Report of the Indian Hemp Drugs Commission, 1894-1895 - Volume VI
Year: 1894
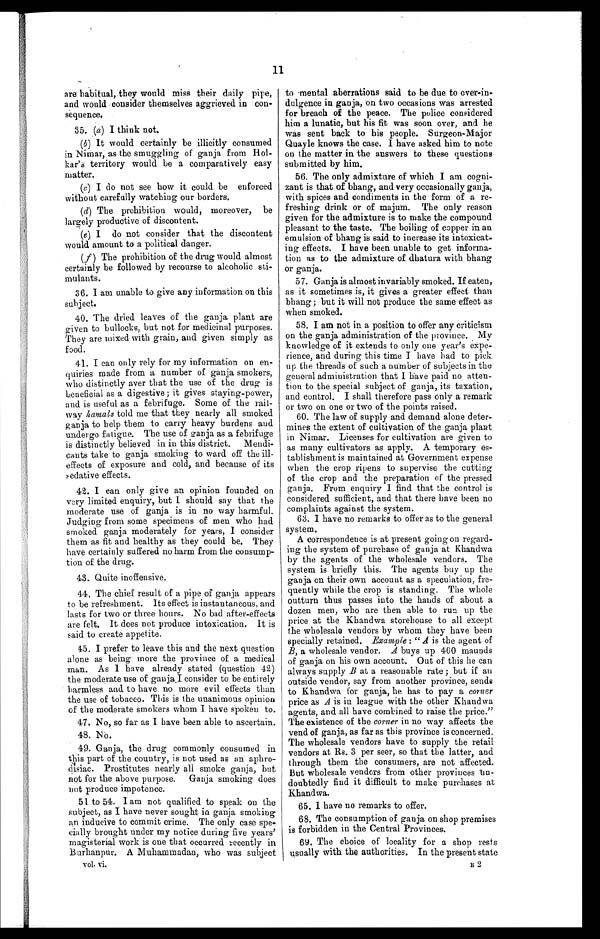
11
are habitual, they would miss .their daily pipe,
and would consider themselves aggrieved in con
- s e q u e n c e .
35. (a) I think not.
(b) It would certainly be illicitly consumed
in Nimar, as the smuggling of ganja from Hol-
kar's territory would be a comparatively easy
m atter.
(c) I do not see how it could be enforced
without carefully watching our borders.
(d) The prohibition would, moreover, be
largely productive of discontent.
(e). I do not consider that the discontent
would amount to a political danger.
(f) The prohibition of the drug would almost
certainly be followed by recourse to alcoholic sti
- m u l a n t s .
36. I am unable to give any information on this
subject.
40. The dried leaves of the ganja plant are
given to bullocks, but not for medicinal purposes.
They are mixed with grain, and given simply as
food,
41.
I can only rely for my information on en
- q u i r i e s m a d e f r o m a n u m b e r o f g a n j a s m o k e r s ,
who distinctly aver that the use of the drug is
beneficial as a digestive; it gives staying-power,
and is useful as a febrifuge. Some of the rail--
way hamals told me that they nearly all smoked
ganja to help them to carry heavy burdens and
undergo fatigue. The use of ganja as a febrifuge
is distinctly believed in in this district. Mendi-
-cants take to ganja smoking to ward off the ill-
effects of exposure and cold, and because of its
s edative effects.
42.
I can only give an opinion founded on
very limited enquiry, but I should say that the
moderate use of ganja is in no way harmful.
Judging from some specimens of men who had
smoked ganja moderately for years, I consider
them as fit and healthy as they could be. They
have certainly suffered no harm from the consump-
tion of the drug.
43.
Quite inoffensive.
44.
The chief result of a pipe of ganja appears
to be refreshment. Its effect is instantaneous, and
lasts for two or three hours. No bad after-effects
are felt, It does not produce intoxication. It is
said to create appetite.
45. I prefer to leave this and the next question
alone as being more the province of a medical
man. As I have already stated (question 42)
the moderate use of ganja.I consider to be entirely
harmless and to have no more evil effects than
the use of tobacco. This is the unanimous opinion
of the moderate smokers whom I have spoken to.
47. No, so far as I have been able to ascertain.
48. No.
49. Ganja, the drug commonly consumed in
this part of the country, is not used as an aphro-
disiac. Prostitutes nearly all smoke ganja, but
not for the above purpose. Ganja smoking does
not produce impotence.
51. to 54. I am not qualified to speak on the
subject, as I have never sought in ganja smoking
an inducive to commit crime. The only case spe-
cially brought under my notice during five years'
magisterial work is one that occurred recently in
Burhanpur. A Muhammadan, who was subject
v o l . v i .
to 'mental aberrations said to be due to ever-in
- d u l g e n c e i n g a n j a , o n t w o o c c a s i o n s w a s a r r e s t e d
for breach of the peace. The police considered
him a lunatic, but his fit was soon over, and he
was sent back to his people. Surgeon-Major
Quayle knows the case. I have asked him to note
on the matter in the answers to these questions
submitted by him.
56. The only admixture of which I am cogni
- z a n t i s t h a t o f b h a n g , a n d v e r y o c c a s i o n a l l y g a n j a ,
with spices and condiments in the form of a re--
freshing drink or of majum. The only reason
given for the admixture is to make the compound
pleasant to the taste. The boiling of copper in an
emulsion of bhang is said to increase its intoxicat--
ing effects. I have been unable to get informa-
- t i o n a s t o t h e a d m i x t u r e o f d h a t u r a w i t h b h a n g
or ganja.
57. Ganja is almost invariably smoked. If eaten,
as it sometimes is, it gives a greater effect than
bhang; but it will not produce the same effect as
when smoked.
56. I am not in a position to offer any criticism
on the ganja administration of the province. My
knowledge of it extends to only one year's expe
- r i e n c e , a n d d u r i n g t h i s t i m e I h a v e h a d t o p i c k
up the threads of such a number of subjects in the
general administration that I have paid no atten-
- t i o n t o t h e s p e c i a l s u b j e c t o f g a n j a , i t s t a x a t i o n ,
and control. I shall therefore pass only a remark
or two on one or two of the points raised.
60. The law of supply and demand alone deter
- m i n e s t h e e x t e n t o f c u l t i v a t i o n o f t h e g a n j a p l a n t
in Nimar. Licenses for cultivation are given to
as many cultivators as apply. A temporary es-
- t a b l i s h m e n t i s m a i n t a i n e d a t G o v e r n m e n t e x p e n s e
when the crop ripens to supervise the cutting
of the crop and the preparation of the pressed
ganja. From enquiry I find that the control is
considered sufficient, and that there have been no
complaints against the system.
63. I have no remarks to offer as to the general
system.
A correspondence is at present going on regard
- i n g t h e s y s t e m o f p u r c h a s e o f g a n j a a t K h a n d w a
by the agents of the wholesale vendors. The
system is briefly this. The agents buy up the
ganja on their own account as a speculation, fre-
quently while the crop is standing. The whole
outturn thus passes into the hands of about a
dozen men, who are then able to run up the
price at the Khandwa storehouse to all except
the wholesale vendors by whom they have been
specially retained. Example : " Ai s t h e a g e n t o f
B, a wholesale vendor. A buys up 400 maunds
of ganja on his own account. Out of this he can
always supply B at a reasonable rate ; but if an
outside vendor, say from another province, sends
to Khandwa for ganja, he has to pay a corner
price as A is in league with the other Khandwa
agents, and all have combined to raise the price."
The existence of the corner in no way affects the
vend of ganja, as far as this province is concerned.
The wholesale vendors have to supply the retail
vendors at Rs. 3 per seer, so that the latter, and
through them the consumers, are not affected.
But wholesale vendors from other provinces un
- d o u b t e d l y f i n d i t d i f f i c u l t t o m a k e p u r c h a s e s a t
Khandwa.
65. I have no remarks to offer.
68. The consumption of ganja on shop premises
is forbidden in the Central Provinces.
69.The choice of locality for a shop rests
usually with the authorities. In the present state
E2